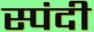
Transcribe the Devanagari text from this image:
स्पंदी